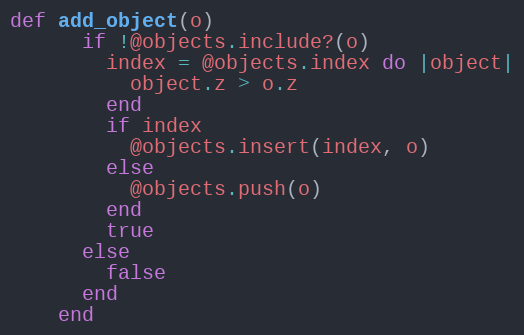
Language: Ruby
def add_object(o)
      if !@objects.include?(o)
        index = @objects.index do |object|
          object.z > o.z
        end
        if index
          @objects.insert(index, o)
        else
          @objects.push(o)
        end
        true
      else
        false
      end
    end